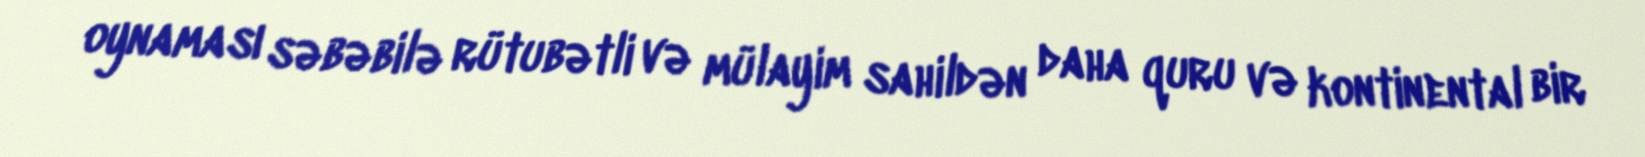
oynaması səbəbilə rütubətli və mülayim sahildən daha quru və kontinental bir